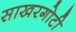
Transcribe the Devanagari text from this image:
साखरगोटी